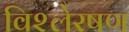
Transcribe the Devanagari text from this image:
विश्लेरषण